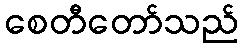
စေတီတော်သည်